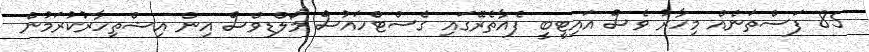
85 ފަސްތަނެއް މިހާރު ވެސް އައިޓީބީ ފެއާތެރޭގައި ގެސްޓްހައުސް މޯލްޑިވްސް އިން އިޝްތިހާރުކުރަމުން